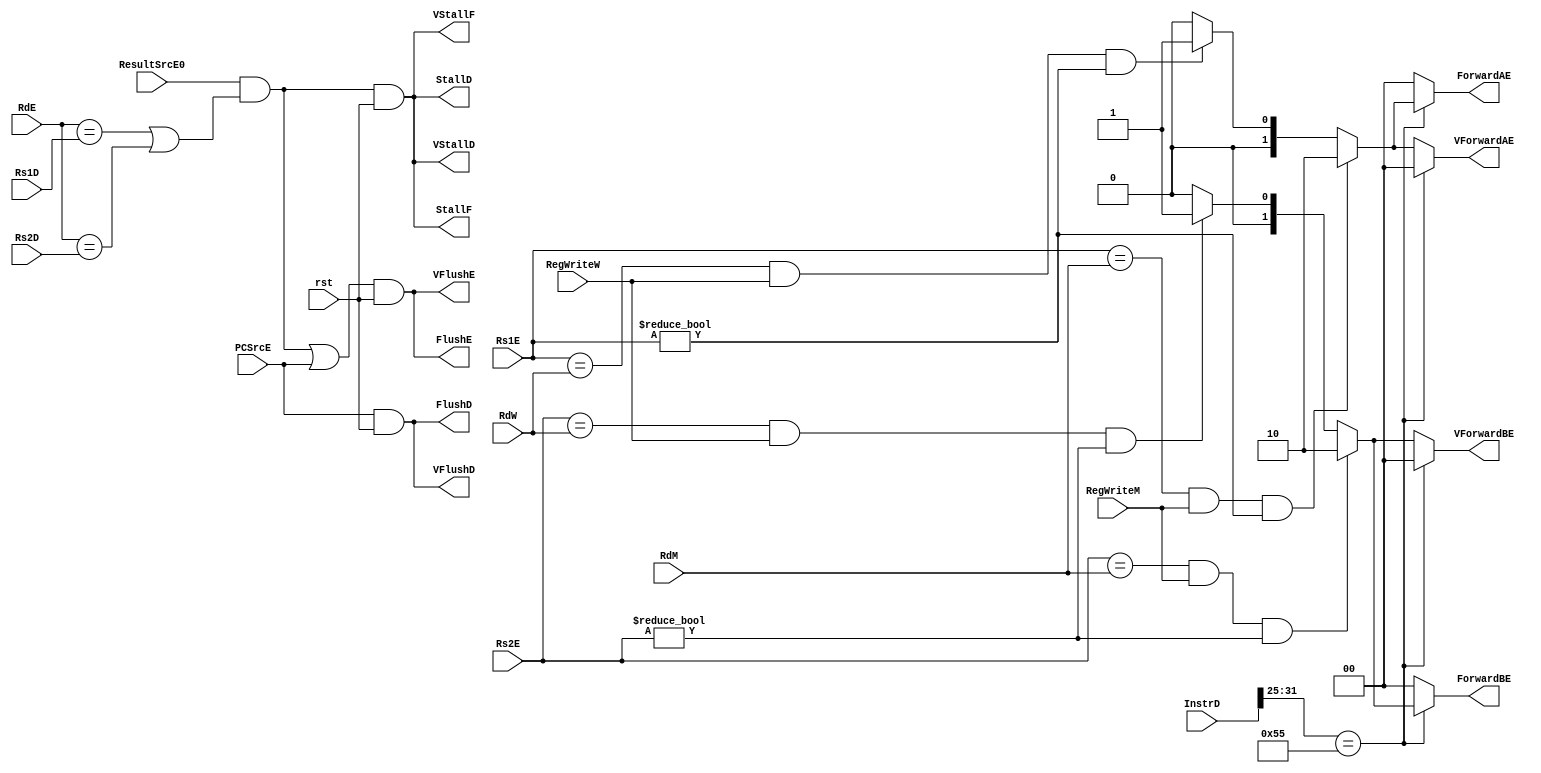

module Hazard_Unit(input  [4:0] Rs1D, Rs2D, Rs1E, Rs2E,
                input  [4:0] RdE, RdM, RdW,
                input  RegWriteM, RegWriteW,
					 input  ResultSrcE0, PCSrcE, rst,
                input  [31:0] InstrD,                      // Instruccion por ejecutar para saber cual pipeline
                output reg [1:0] ForwardAE, ForwardBE,      // Forward Pipeline Escalar
                output reg [1:0] VForwardAE, VForwardBE,    // Forward Pipeline Vectorial
                output StallD, StallF, FlushD, FlushE,      // Stalls y Flushes Escalares
                output VStallD, VStallF, VFlushD, VFlushE   // Stalls y Flushes Vectoriales
            );
					 


    wire lwStall;
    wire vLwStall;

    wire [6:0] funct7;
    wire [2:0] funct3;

    assign funct7 = InstrD[31:25];
    assign funct3 = InstrD[14:12];

    always @(*) begin
        ForwardAE = 2'b00;
        ForwardBE = 2'b00;
        VForwardAE = 2'b00;
        VForwardBE = 2'b00;

        if (funct7 == 7'b1010101) begin 
            if ((Rs1E == RdM) & (RegWriteM) & (Rs1E != 0)) // higher priority - most recent
                ForwardAE = 2'b10; // for forwarding ALU Result in Memory Stage
            else if ((Rs1E == RdW) & (RegWriteW) & (Rs1E != 0))
                ForwardAE = 2'b01; // for forwarding WriteBack Stage Result
                        
            if ((Rs2E == RdM) & (RegWriteM) & (Rs2E != 0))
                ForwardBE = 2'b10; // for forwarding ALU Result in Memory Stage
            else if ((Rs2E == RdW) & (RegWriteW) & (Rs2E != 0))
                ForwardBE = 2'b01; // for forwarding WriteBack Stage Result
        end else begin
            if ((Rs1E == RdM) & (RegWriteM) & (Rs1E != 0)) // higher priority - most recent
                VForwardAE = 2'b10; // for forwarding ALU Result in Memory Stage
            else if ((Rs1E == RdW) & (RegWriteW) & (Rs1E != 0))
                VForwardAE = 2'b01; // for forwarding WriteBack Stage Result
                        
            if ((Rs2E == RdM) & (RegWriteM) & (Rs2E != 0))
                VForwardBE = 2'b10; // for forwarding ALU Result in Memory Stage
            else if ((Rs2E == RdW) & (RegWriteW) & (Rs2E != 0))
                VForwardBE = 2'b01; // for forwarding WriteBack Stage Result
        end
    end


    assign lwStall = (ResultSrcE0 == 1) & ((RdE == Rs1D) | (RdE == Rs2D));
    assign vLwStall = (ResultSrcE0 == 1) & ((RdE == Rs1D) | (RdE == Rs2D));

    assign StallF = lwStall & (rst);
    assign StallD = lwStall & rst;
    assign FlushE = (lwStall | PCSrcE) & rst;
    assign FlushD = PCSrcE & rst;

    assign VStallF = vLwStall & (rst);
    assign VStallD = vLwStall & rst;
    assign VFlushE = (vLwStall | PCSrcE) & rst;
    assign VFlushD = PCSrcE & rst;


endmodule